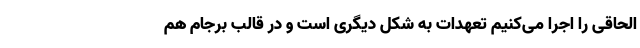
الحاقی را اجرا می‌کنیم تعهدات به شکل دیگری است و در قالب برجام هم